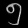
Digit: ၅